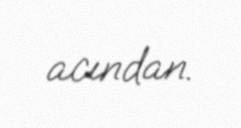
acından.